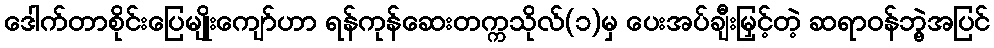
ဒေါက်တာစိုင်းပြေမျိုးကျော်ဟာ ရန်ကုန်ဆေးတက္ကသိုလ်(၁)မှ ပေးအပ်ချီးမြှင့်တဲ့ ဆရာဝန်ဘွဲ့အပြင်